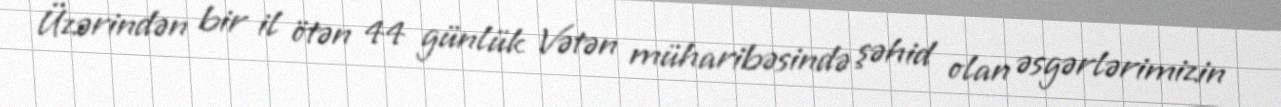
Üzərindən bir il ötən 44 günlük Vətən müharibəsində şəhid olan əsgərlərimizin